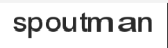
spoutman